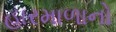
હારમાળાનો